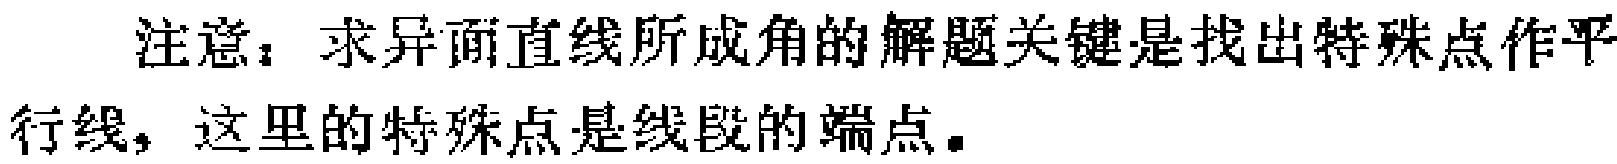
注意：求异面直线所成角的解题关键是找出特殊点作平行线，这里的特殊点是线段的端点。